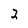
Character: 2